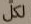
لكل